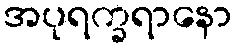
အပုရက္ခရာနော